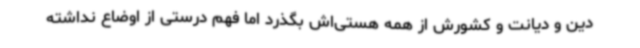
دین و دیانت و کشورش از همه هستی‌اش بگذرد اما فهم درستی از اوضاع نداشته